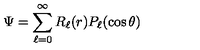
\Psi = \sum _ { \ell = 0 } ^ { \infty } R _ { \ell } ( r ) P _ { \ell } ( \cos \theta )